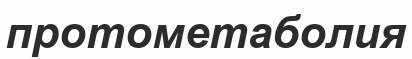
протометаболия